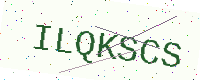
Text: ILQKSCS